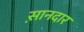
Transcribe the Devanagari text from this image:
स़ानदार